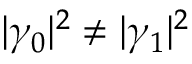
| \gamma _ { 0 } | ^ { 2 } \neq | \gamma _ { 1 } | ^ { 2 }